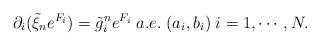
LaTeX: \begin{align*}\partial_i (\tilde{ \xi}_n e^{F_i} ) = \tilde{g}^n_i e^{F_i} \; a.e. \; (a_i,b_i) \; i=1, \cdots, N . \end{align*}